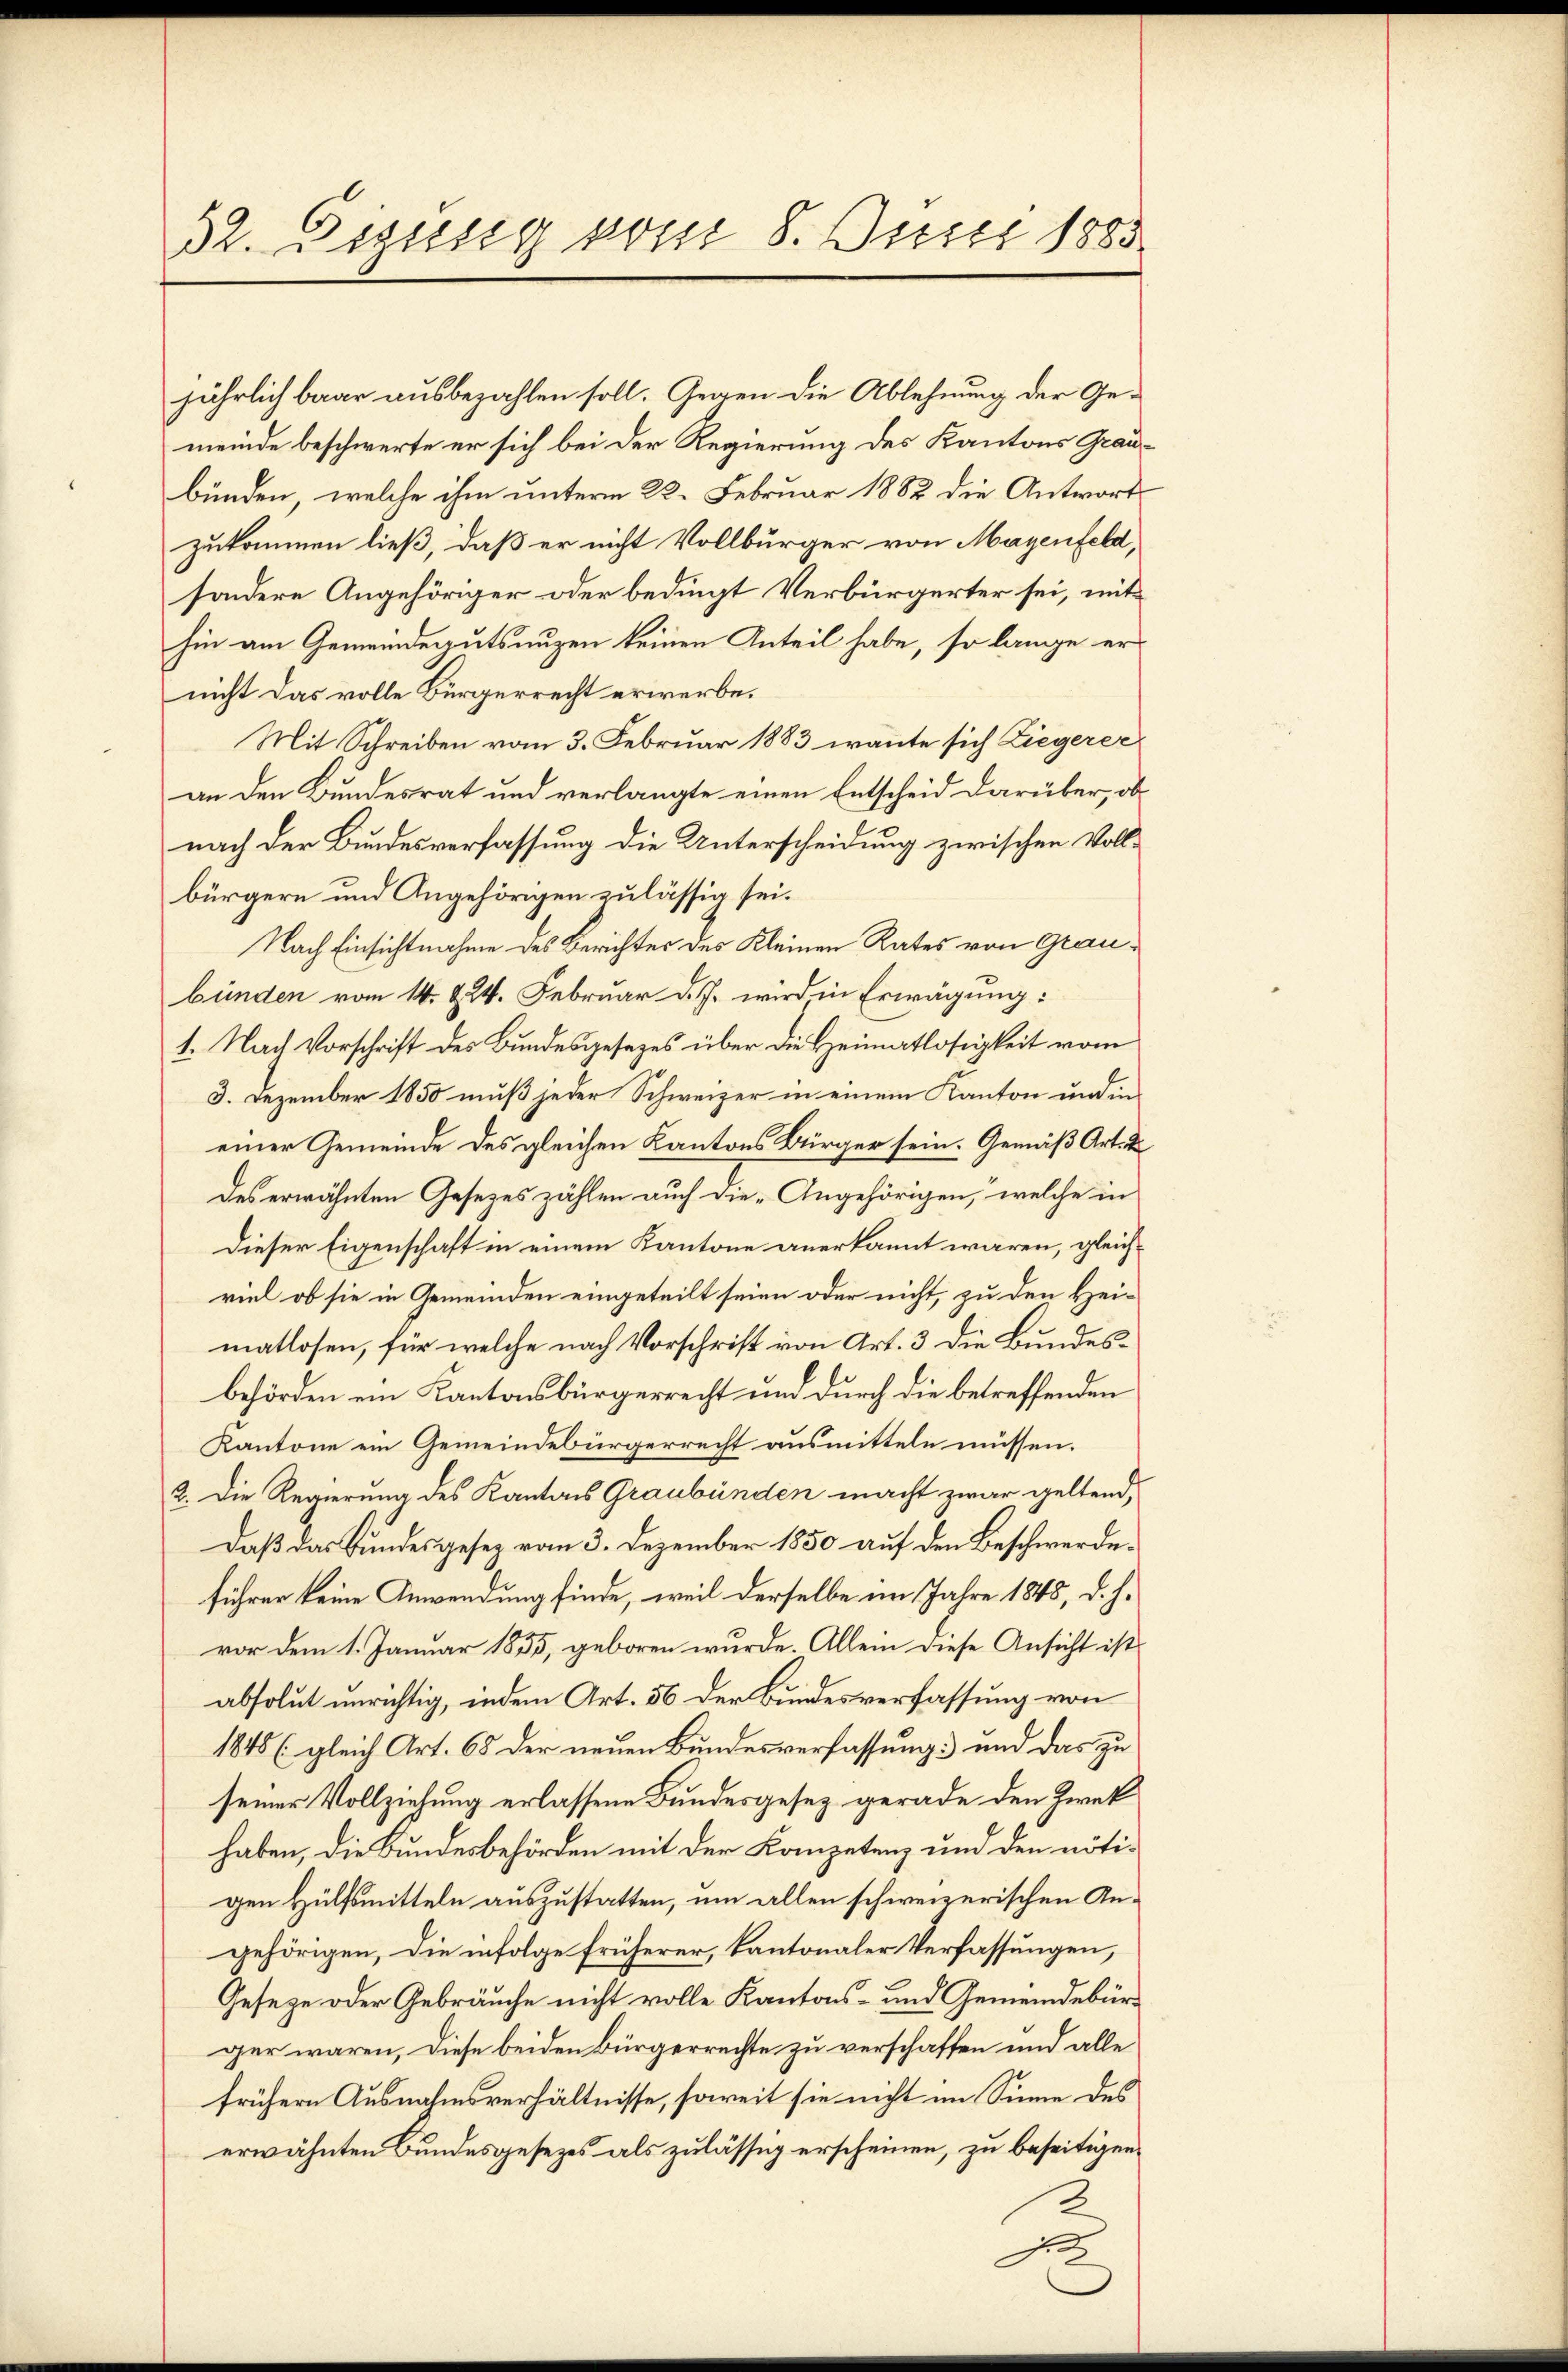
52. Diesig vom 8. Justi 1885

jährlich baar ausbezahlen soll. Gegen die Ablehnung der Gemeinde beschwerte er sich bei der Regierung des Kantons Graubunden, welche ihm unterm 22. Februar 1882 die Antwort
zukommen ließ, daß er nicht Vollbürger von Mayenfeld,
sondere Angehöriger oder bedingt Verbürgerter sei, mithin am Gemeindegutsnuzen keinen Anteil habe, so lange er
nicht das volle Bürgerrecht erwerbe.
Mit Schreiben vom 3. Februar 1883 wante sich Ziegerer
an den Bundesrat und verlangte einen Entscheid darüber, obnach der Bundesverfassung die Unterscheidung zwischen Vollbürgern und Angehörigen zulässig sei.
Nach Einsichtnahme des Berichtes des Kleinen Rates von Graubünden vom 14. 224. Februar d. J. wird in Erwägung:
1. Nach Vorschrift des Bundesgesezes über die Heimatlosigkeit vom
3. Dezember 1850 muß jeder Schweizer in einem Kanton und in
einer Gemeinde des gleichen Kantons Bürger sein. Gemäß Art. 2
des erwähnten Gesetzes zählen auch die Angehörigen, welche in
Dieser Eigenschaft in einem Kantone anerkannt wären, gleichviel ob sie in Gemeinden eingeteilt seien oder nicht, zu den Heimatlosen, für welche nach Vorschrift von Art. 3 die Bundesbehörden ein Kantonsbürgerrecht und durch die betreffenden
Kantone ein Gemeindebürgerrecht ausmitteln müssen.
2. Die Regierung des Kantons Graubünden macht zwar geltend,
Daß das Bundesgesez vom 3. Dezember 1850 auf den Beschwerdeführer keine Anwendung finde, weil derselbe im Jahre 1845, d. h.
vor dem 1. Januar 1855, geboren wurde. Allein diese Ansicht ist
absolut unrichtig, indem Art. 56 der Bundesverfassung von
1845 (gleich Art. 68 der neuen Bundesverfassung und das zu
seiner Vollziehung erlassene Bundesgesez gerade den Zweck
haben, die Bundesbehörden mit der Kompetenz und den nötigen Hülfsmitteln auszustatten, um allen schweizerischen Angehörigen, die infolge früherer, kantonaler Verfassungen,
Geseze oder Gebräuche nicht volle Kantons- und Gemeindebürger wären, diese beiden Bürgerrechte zu verschaffen und alle
frühern Ausnahmsverhältnisse, soweit sie nicht im Sinne des
erwähnten Bundesgesezes als zulässig erscheinen, zu beseitigen.